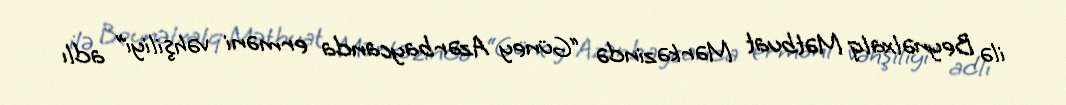
ilə Beynəlxalq Mətbuat Mərkəzində “Güney Azərbaycanda erməni vəhşiliyi” adlı